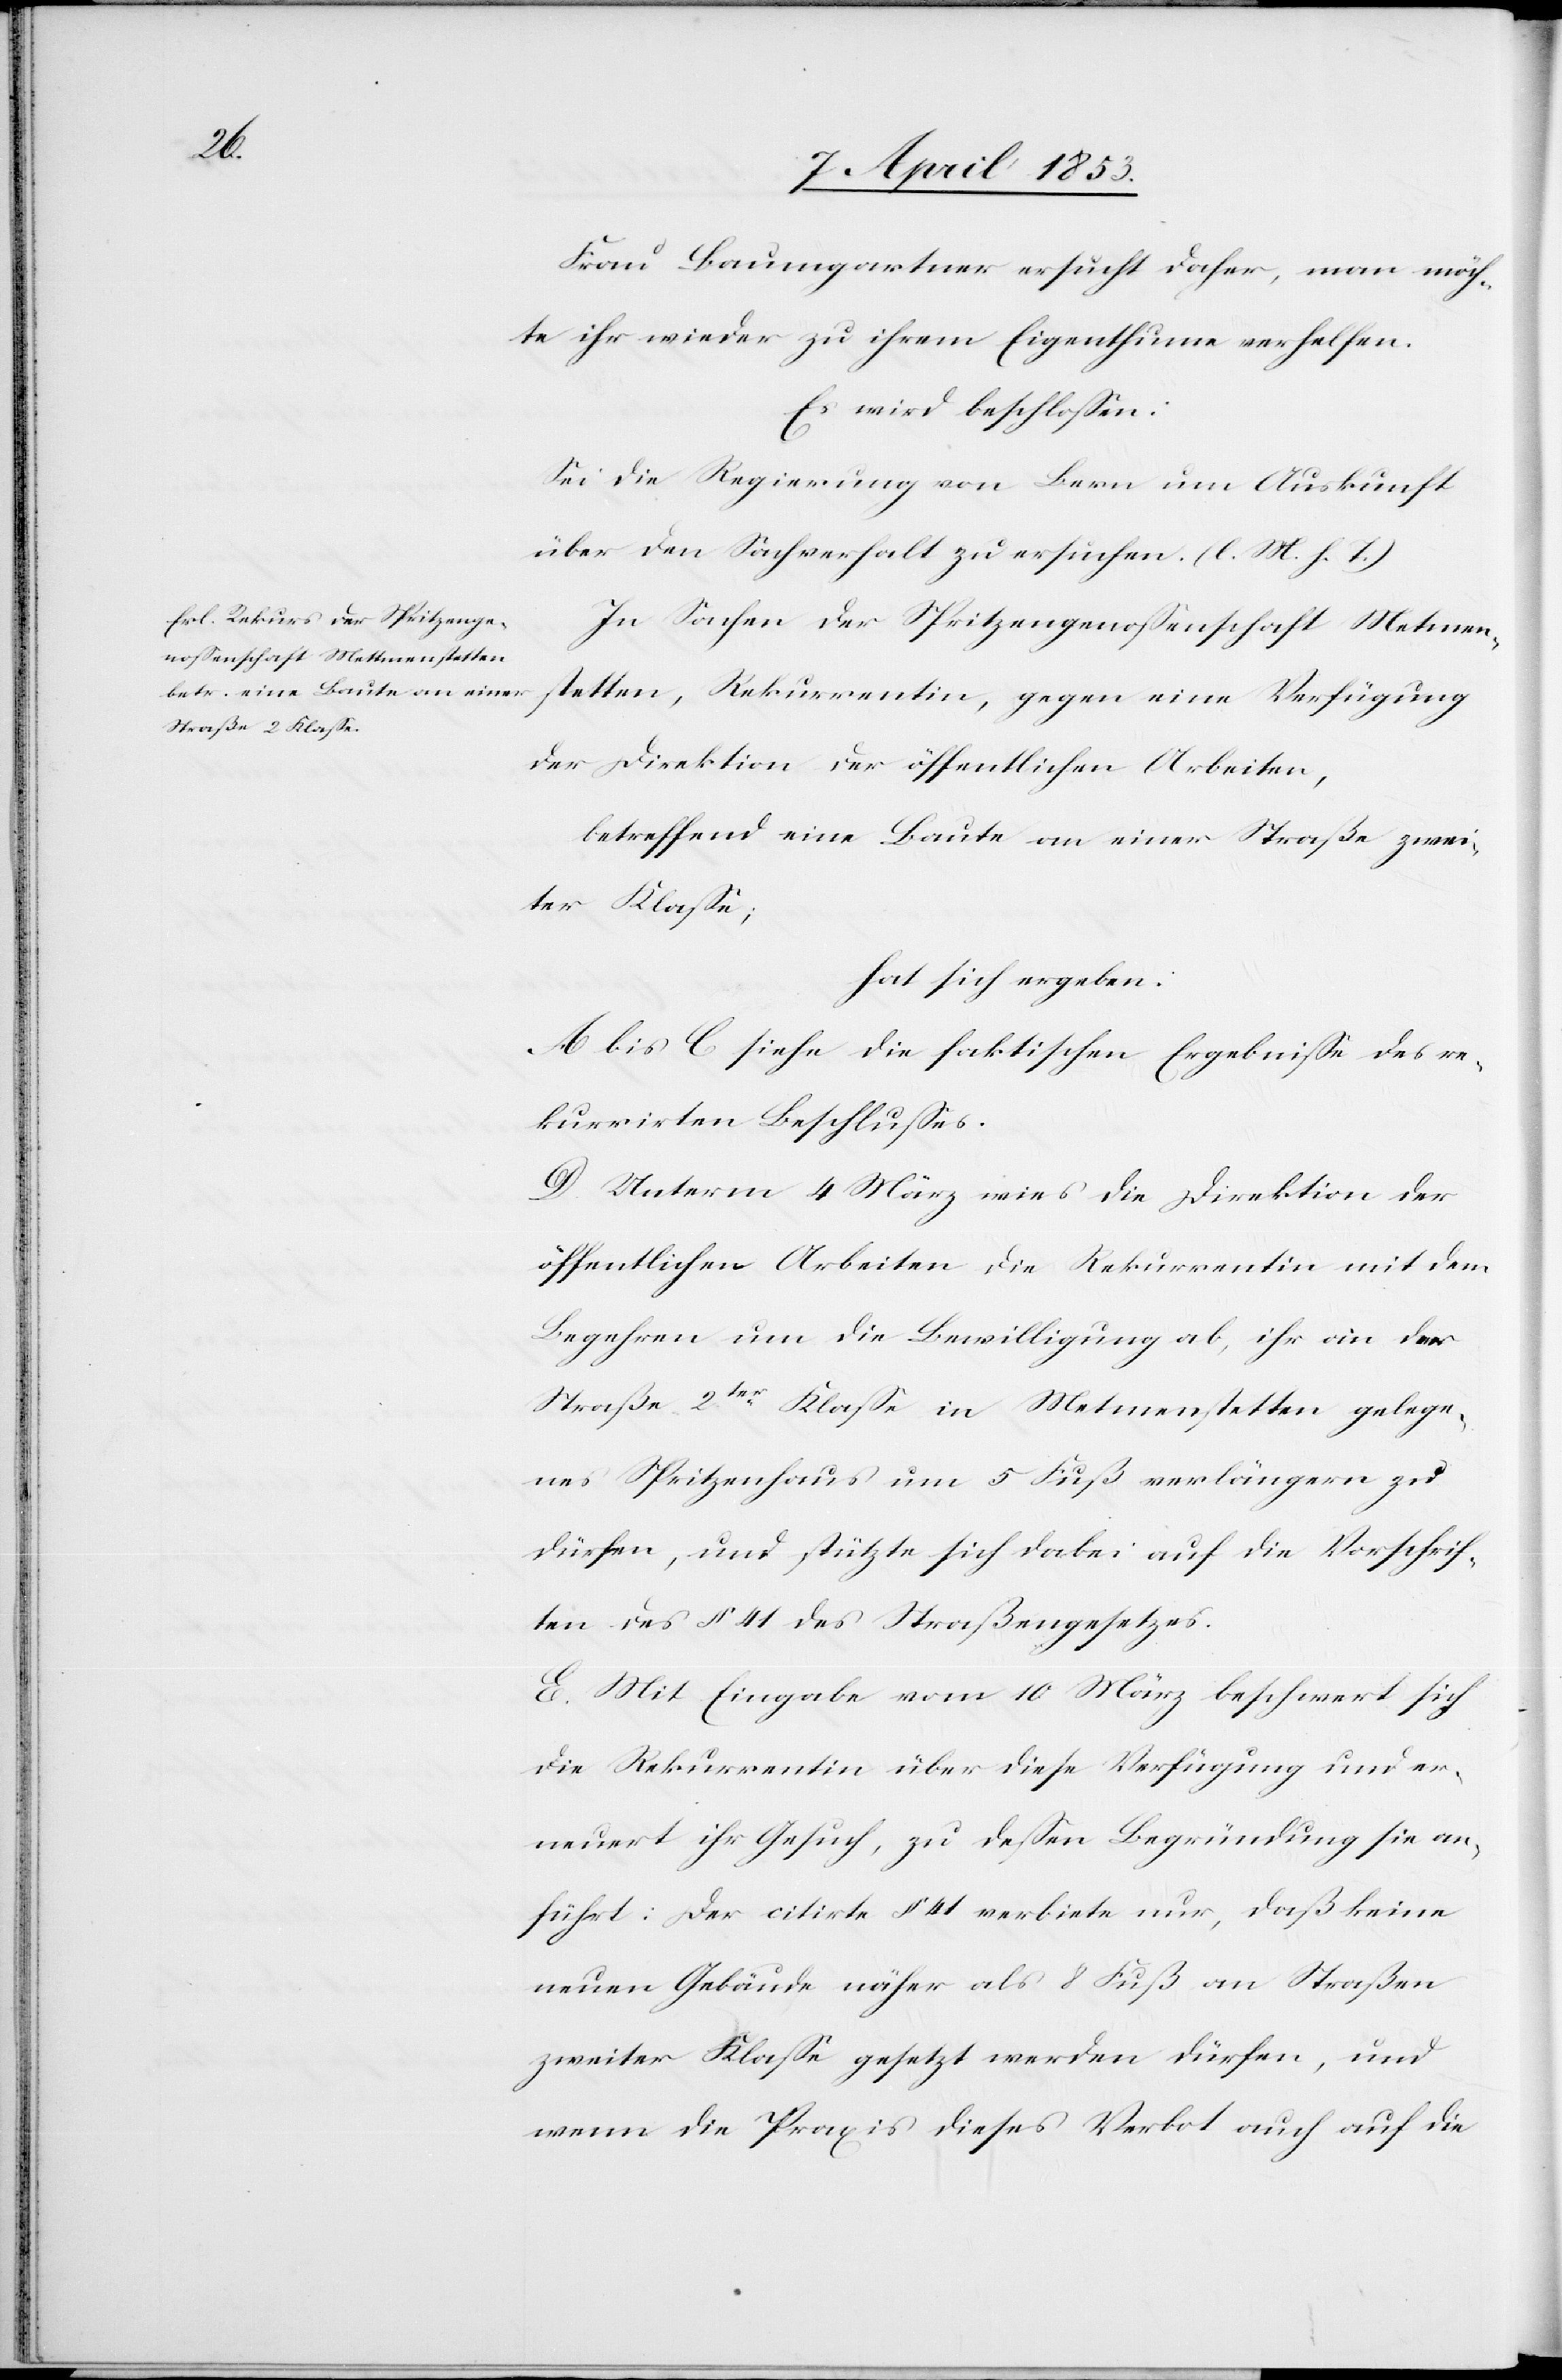
Frau Baumgartner ersucht daher, man möch¬
te ihr wieder zu ihrem Eigenthum verhelfen.
Es wird beschloßen:
Sei die Regierung von Bern um Auskunft
über den Sachverhalt zu ersuchen. [l. M. h. T]
In Sachen der Spritzengenoßenschaft Mettmen¬
stetten, Rekurrentin, gegen eine Verfügung
der Direktion der öffentlichen Arbeiten,
betreffend eine Baute an einer Straße zwei¬
ter Klaße;
hat sich ergeben:
A bis C siehe die faktischen Ergebniße des re¬
kurrirten Beschlußes.
D. Unterm 4 März wies die Direktion der
öffentlichen Arbeiten die Rekurrentin mit dem
Begehren um die Bewilligung ab, ihr an der
Straße 2ter. Klaße in Metmenstetten [sic!] gelege¬
nes Spritzenhaus um 5 Fuß verlängern zu
dürfen, und, stützte sich dabei auf die Vorschrif¬
ten des § 14 des Straßengesetzes.
E. Mit Eingabe vom 10 März beschwert sich
die Rekurrentin über diese Verfügung und er¬
neuert ihr Gesuch, zu deßen Begründung sie an¬
führt: Der citirte § 41 verbiete nur, daß keine
wenn die Praxis dieses Verbot auch auf die